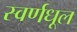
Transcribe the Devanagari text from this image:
स्वर्णधूल